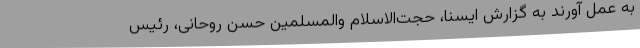
به عمل آورند به گزارش ایسنا، حجت‌الاسلام والمسلمین حسن روحانی، رئیس